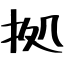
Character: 拠